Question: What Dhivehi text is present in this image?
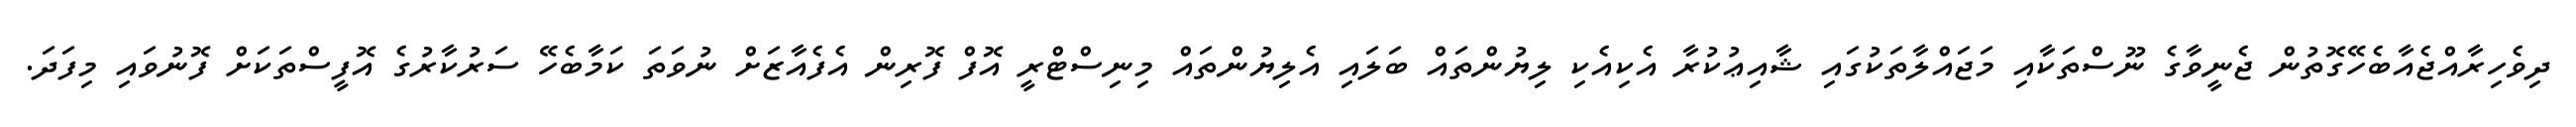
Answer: ދިވެހިރާއްޖެއާބެހޭގޮތުން ޖެނީވާގެ ނޫސްތަކާއި މަޖައްލާތަކުގައި ޝާއިޢުކުރާ އެކިއެކި ލިޔުންތައް ބަލައި އެލިޔުންތައް މިނިސްޓްރީ އޮފް ފޮރިން އެފެއާޒަށް ނުވަތަ ކަމާބެހޭ ސަރުކާރުގެ އޮފީސްތަކަށް ފޮނުވައި މިފަދަ.